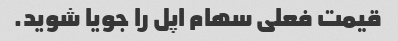
قیمت فعلی سهام اپل را جویا شوید.